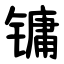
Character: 镛